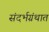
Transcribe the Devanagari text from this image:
संदर्भग्रंथात